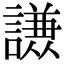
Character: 𮘹